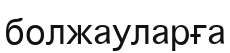
болжауларға